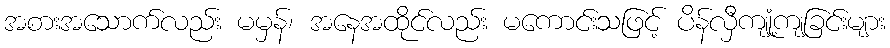
အစားအသောက်လည်း မမှန်၊ အနေအထိုင်လည်း မကောင်းသဖြင့် ပိန်လှီကျုံ့ကျခြင်းများ